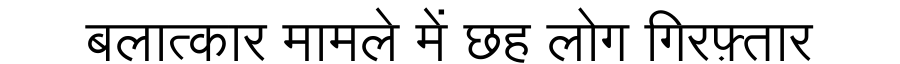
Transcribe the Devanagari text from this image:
बलात्कार मामले में छह लोग गिरफ़्तार